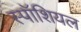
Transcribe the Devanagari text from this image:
स्पॉशियल